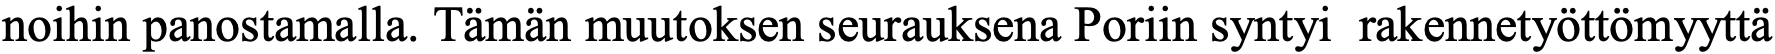
noihin panostamalla. Tämän muutoksen seurauksena Poriin syntyi rakennetyöttömyyttä